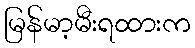
မြန်မာ့မီးရထားက